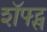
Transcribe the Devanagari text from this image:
शॅफ्ट्स